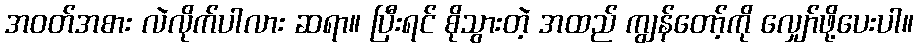
အဝတ်အစား လဲလိုက်ပါလား ဆရာ။ ပြီးရင် စိုသွားတဲ့ အထည် ကျွန်တော့်ကို လျှော်ဖို့ပေးပါ။